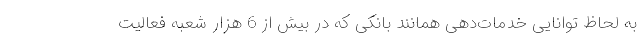
به لحاظ توانایی خدمات‌دهی همانند بانکی که در بیش از 6 هزار شعبه فعالیت